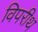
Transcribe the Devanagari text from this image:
विपरीथ